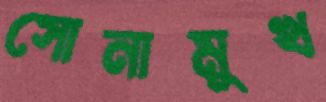
সোনামুখ